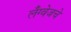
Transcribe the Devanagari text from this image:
लँग्वेजचे